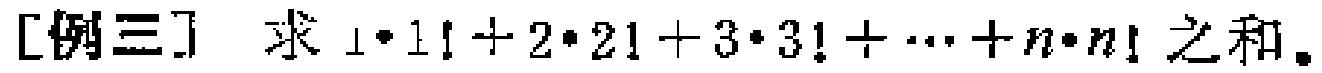
[例三] 求 \(1\cdot1! + 2\cdot2! + 3\cdot3! + \cdots + n\cdot n!\) 之和。